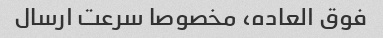
فوق العاده، مخصوصا سرعت ارسال